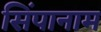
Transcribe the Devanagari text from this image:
सिंपानाम